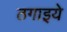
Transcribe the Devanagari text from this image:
ठगाइये